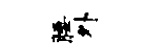
腰外